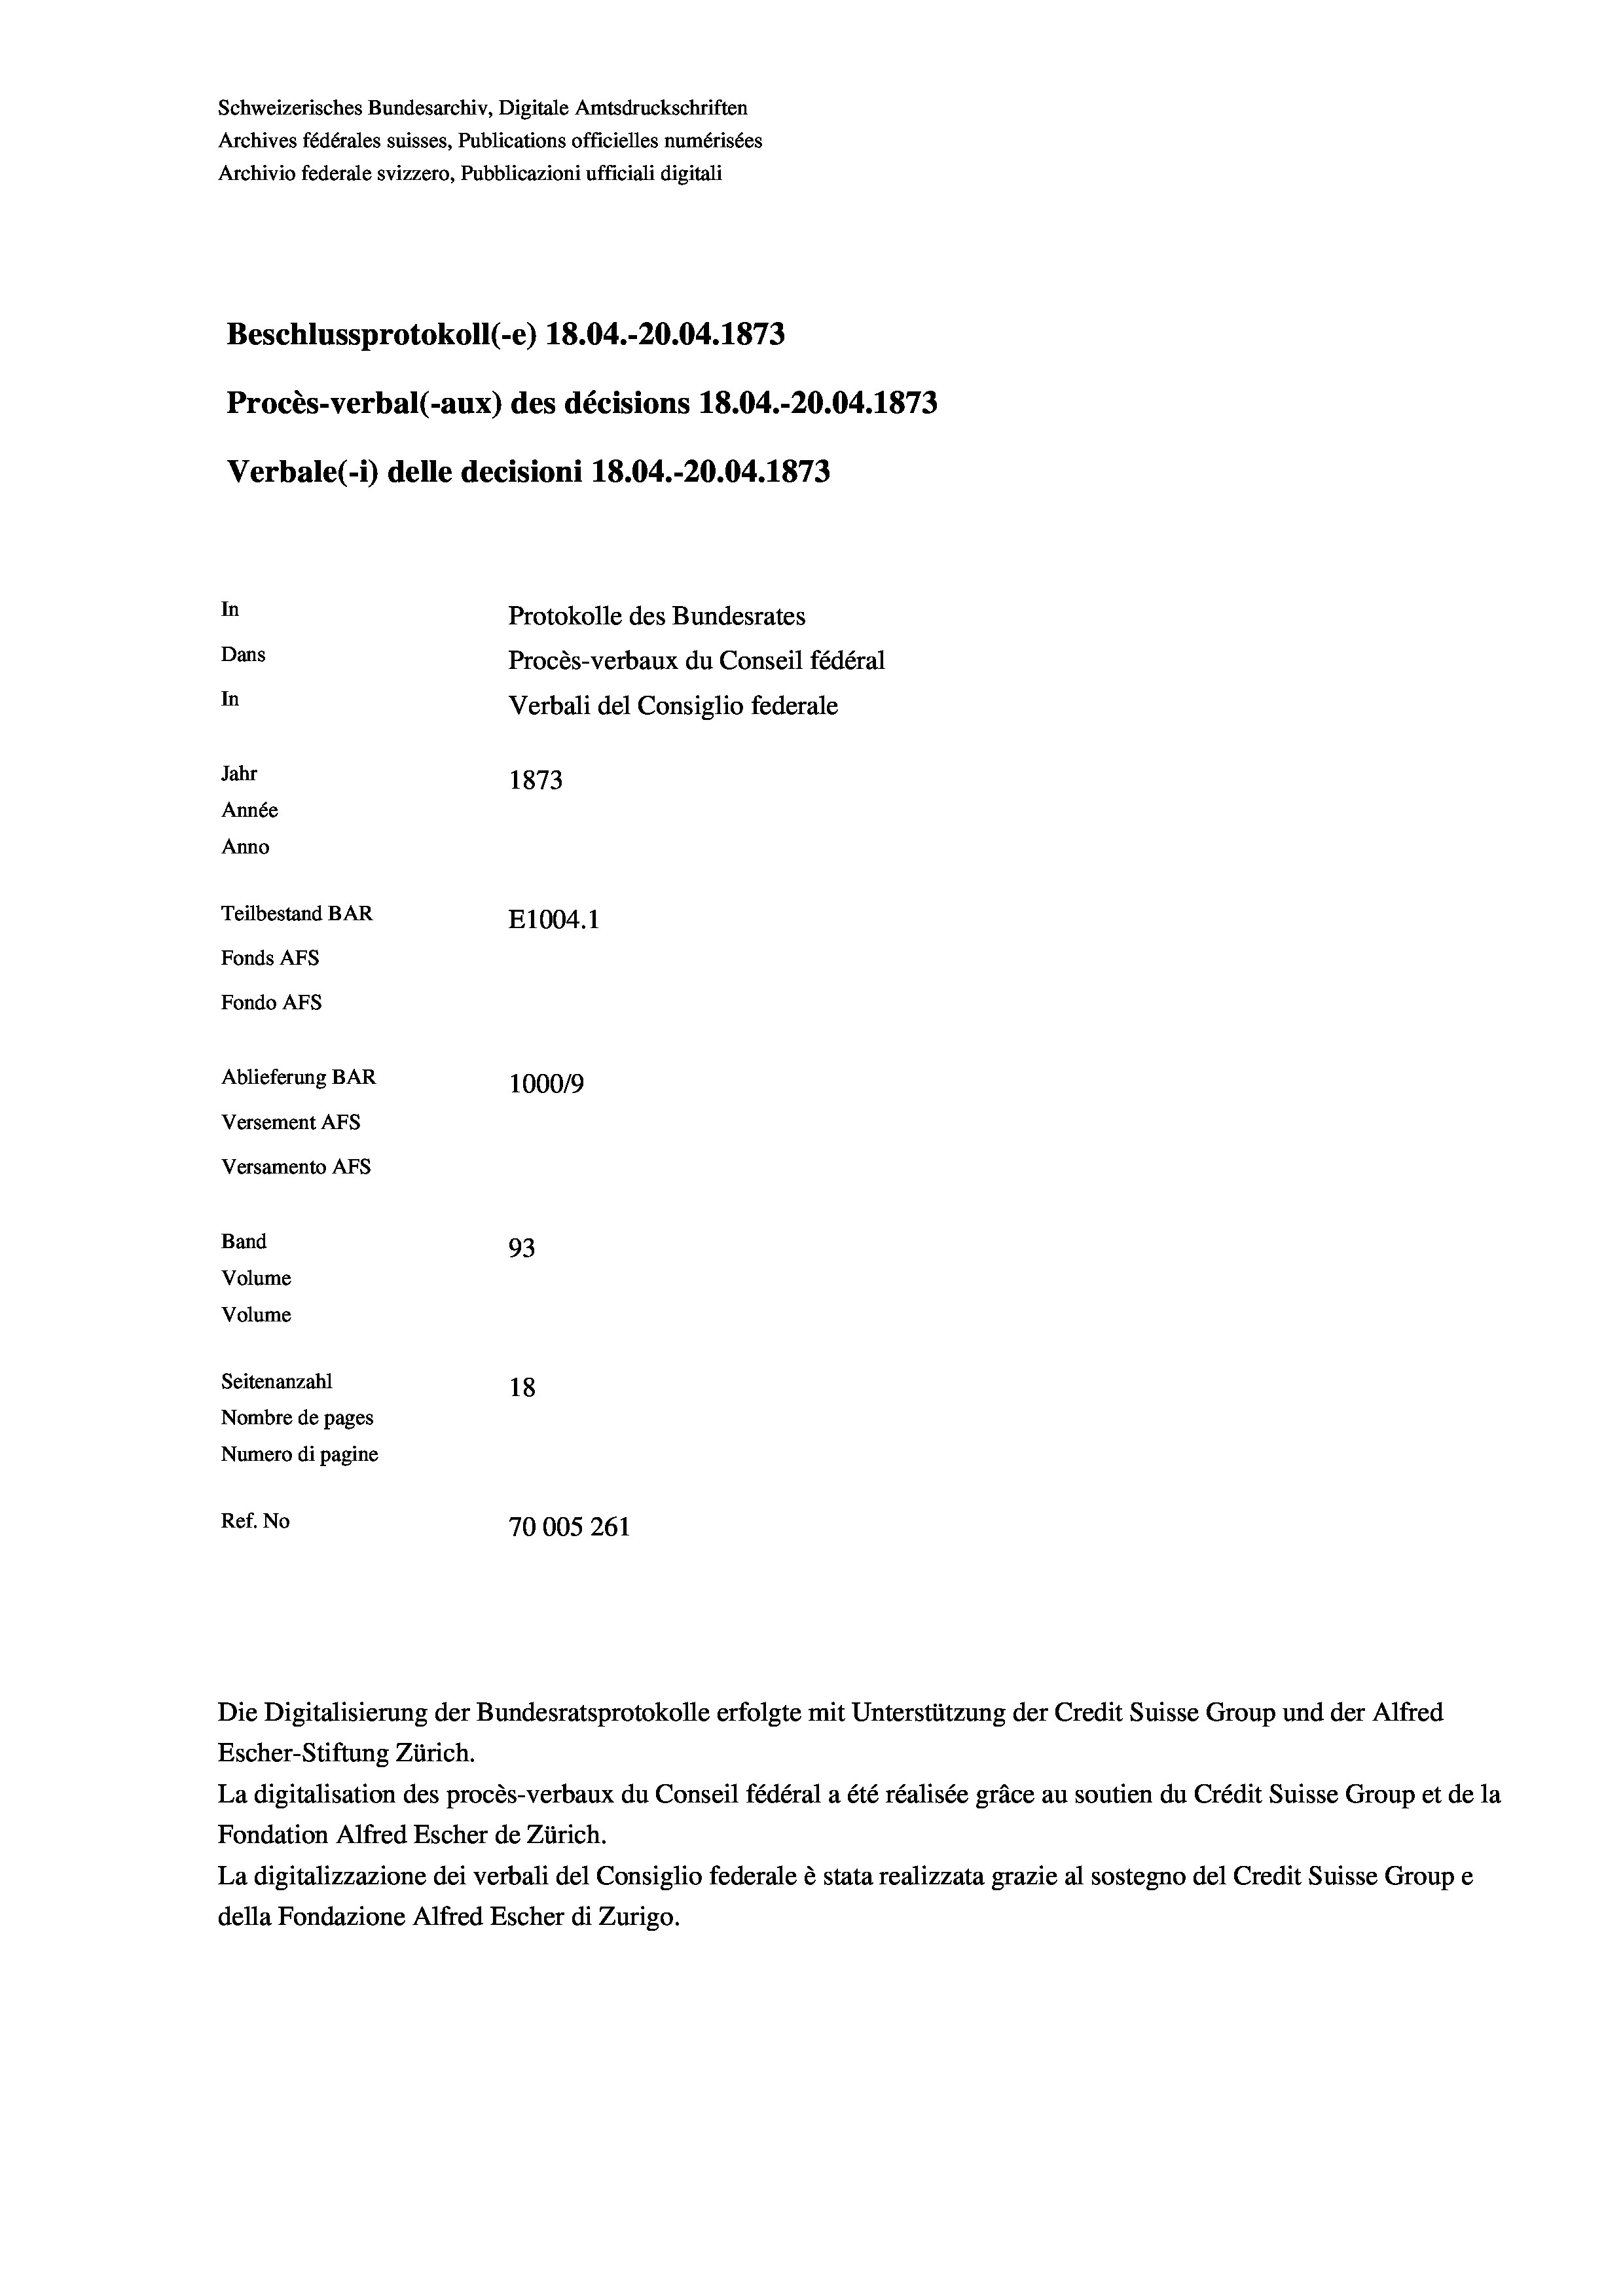
Schweizerisches Bundesarchiv, Digitale Amtsdruckschriften
Archives fédérales suisses, Publications officielles numérisées
Archivio federale svizzero, Pubblicazioni ufficiali digitali
Beschlussprotokoll (-e) 18.04.-20.04. 1873
Procès-verbal (-aux) des décisions 18.04.-20.04. 1873
Verbale (i) delle decisioni 18.04.-20.04. 1873
In
Protokolle des Bundesrates
Dans
Procès-verbaux du Conseil fédéral
In
Verbali del Consiglio federale
Jahr
1873
Année
Anno
Teilbestand BAR
E1004. 1
Fonds AFs
Fondo Afs
Ablieferung BAR
100019
Versement Ans
Versamento Afs
Band
93
Volume
Volume
Seitenanzahl
18
Nombre de pages
Numero di pagine
Ref. No
70005 261

Escher-Stiftung Zürich.
La digitalisation des procès-verbaux du Conseil fédéral a été réalisée gräce au soutien du Crédit Suisse Group et de la
Fondation Alfred Escher de Zürich.
La digitalizzazione dei verbali del Consiglio federale è stata realizzata grazie al sostegno del Credit Suisse Groupe
della Fondazione Alfred Escher di Zurigo.

Die Digitalisierung der Bundesratsprotokolle erfolgte mit Unterstützung der Credit Suisse Group und der Alfred